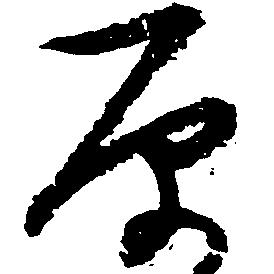
原